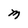
Character: M